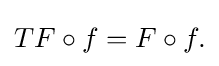
\displaystyle {TF\circ f=F\circ f.}